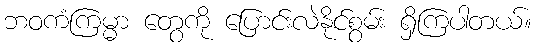
ဘဝကံကြမ္မာ တွေကို ပြောင်းလဲနိုင်စွမ်း ရှိကြပါတယ်။